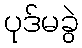
ပုဒ်မခွဲ